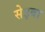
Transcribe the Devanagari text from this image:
सेइबा